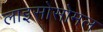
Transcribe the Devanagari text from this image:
लाइसोसोमल